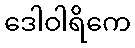
ဒေါဝါရိကေ